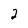
Character: 2